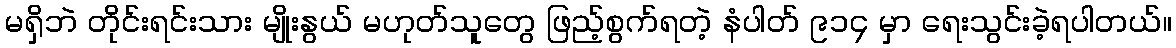
မရှိဘဲ တိုင်းရင်းသား မျိုးနွယ် မဟုတ်သူတွေ ဖြည့်စွက်ရတဲ့ နံပါတ် ၉၁၄ မှာ ရေးသွင်းခဲ့ရပါတယ်။